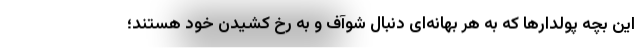
این بچه پولدارها که به هر بهانه‌ای دنبال شوآف و به رخ کشیدن خود هستند؛